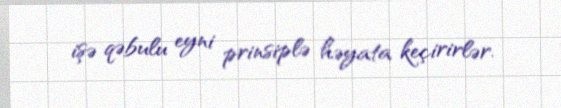
işə qəbulu eyni prinsiplə həyata keçirirlər.